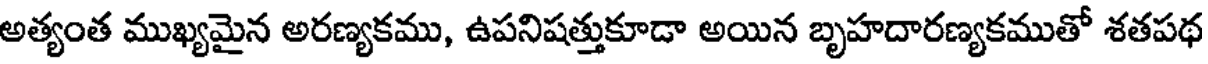
అత్యంత ముఖ్యమైన అరణ్యకము, ఉపనిషత్తుకూడా అయిన బృహదారణ్యకముతో శతపథ